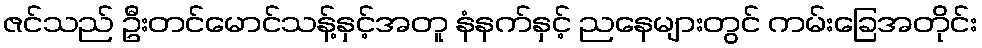
ဇင်သည် ဦးတင်မောင်သန့်နှင့်အတူ နံနက်နှင့် ညနေများတွင် ကမ်းခြေအတိုင်း